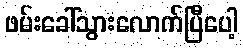
ဖမ်းခေါ်သွားလောက်ပြီပေါ့